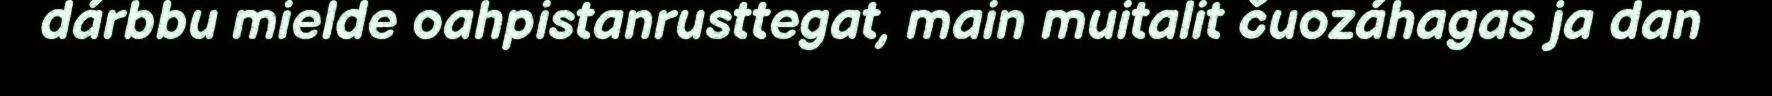
dárbbu mielde oahpistanrusttegat, main muitalit čuozáhagas ja dan